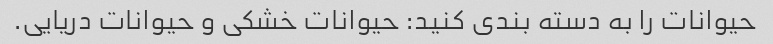
حیوانات را به دسته بندی کنید: حیوانات خشکی و حیوانات دریایی.